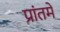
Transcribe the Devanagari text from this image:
प्रांतमे